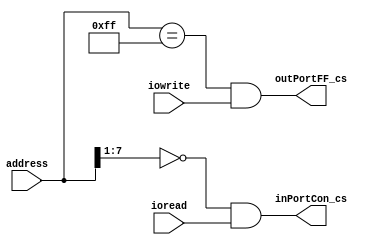
/************************************************************************
*
************************************************************************/


module portDecoder
    (
//    input           clock,
    input [7:0]     address,
    input           iowrite,
    input           ioread,
    //
    output          outPortFF_cs,
    output          inPortCon_cs 
    );

//  Front Panel LED port is at 255 (0xFF)
    assign outPortFF_cs = (address[7:0] == 8'b11111111) && iowrite;
    assign inPortCon_cs = (address[7:1] == 7'b0000000) && ioread;
//    assign inPortCon_cs = (address[7:0] == 8'b00000001) && ioread;

    endmodule